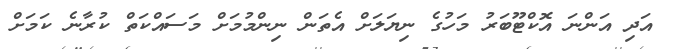
އަދި އަންނަ އޮކްޓޫބަރު މަހުގެ ނިޔަލަށް އެތަން ނިންމުމަށް މަސައްކަތް ކުރާނެ ކަމަށް